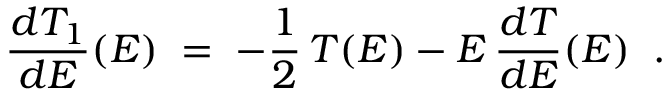
\frac { d T _ { 1 } } { d E } ( E ) \; = \; - \frac { 1 } { 2 } \, T ( E ) - E \, \frac { d T } { d E } ( E ) \; \; .